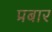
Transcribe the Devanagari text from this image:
प्रबार